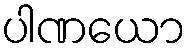
ပါဏယော